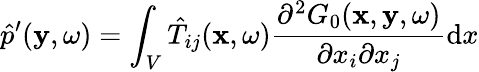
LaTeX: \hat{p}^{\prime}(\mathbf{y},\omega)=\int_{V}\hat{T}_{ij}(\mathbf{x},\omega)\frac{\partial^{2}G_{0}(\mathbf{x},\mathbf{y},\omega)}{\partial x_{i}\partial x_{j}}\mathrm{d}x